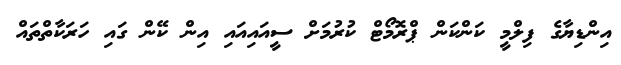
އިންޑިޔާގެ ފިލްމީ ކަންކަން ޕްރޮމޯޓް ކުރުމަށް ސީއައިއައި އިން ކޭން ގައި ހަރަކާތްތައް